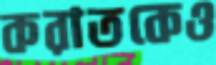
করাতকেও